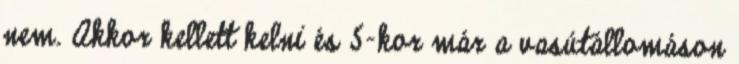
nem. Akkor kellett kelni és 5-kor már a vasútállomáson